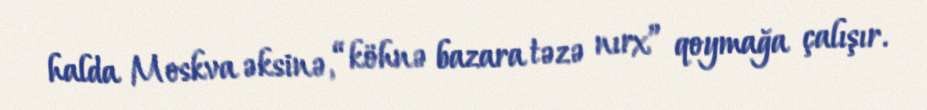
halda Moskva əksinə, “köhnə bazara təzə nırx” qoymağa çalışır.